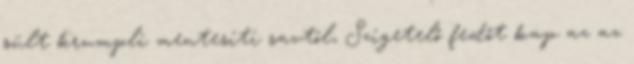
sült krumpli mentesíti savtól, Szigetelő fedőt kap az az